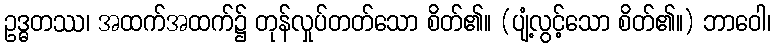
ဥဒ္ဓတဿ၊ အထက်အထက်၌ တုန်လှုပ်တတ်သော စိတ်၏။ (ပျံ့လွင့်သော စိတ်၏။) ဘာဝေါ၊